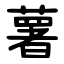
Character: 薯